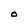
Character: O